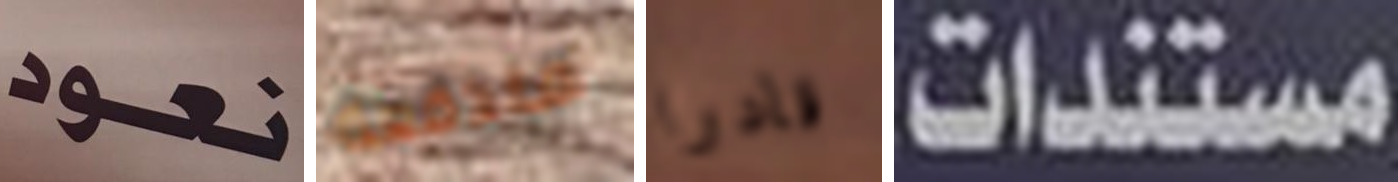
نعود مندفعة قادرا مستندات